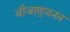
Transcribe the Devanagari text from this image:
बीजाणुजनन